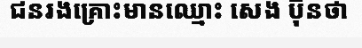
ជនរងគ្រោះមានឈ្មោះ សេង ប៊ុនថា